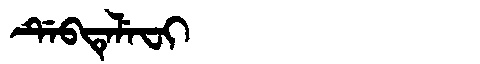
Manchu: ᡩᡝᠪᡨᡝᠯᡝᠸᡳ
Romanization: DEBTELEFI